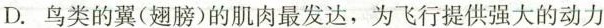
D.鸟类的翼(翅膀)的肌肉最发达，为飞行提供强大的动力